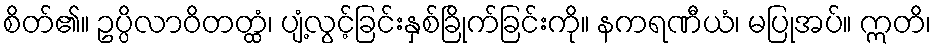
စိတ်၏။ ဥပ္ပိလာဝိတတ္ထံ၊ ပျံ့လွင့်ခြင်းနှစ်ခြိုက်ခြင်းကို။ နကရဏီယံ၊ မပြုအပ်။ ဣတိ၊